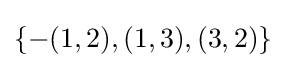
\textstyle \{-(1,2),(1,3),(3,2)\}